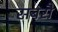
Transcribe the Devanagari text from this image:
सबसै